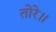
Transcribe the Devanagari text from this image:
तोरे॥